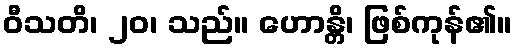
ဝီသတိ၊ ၂၀၊ သည်။ ဟောန္တိ၊ ဖြစ်ကုန်၏။